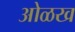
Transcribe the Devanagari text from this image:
आेळख